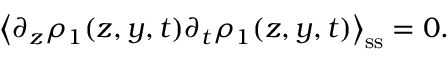
\left\langle \partial _ { z } \rho _ { 1 } ( z , y , t ) \partial _ { t } \rho _ { 1 } ( z , y , t ) \right\rangle _ { \mathrm { s s } } = 0 .